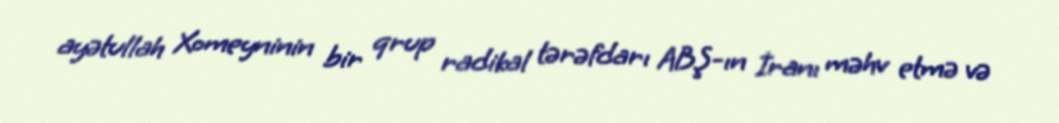
ayətullah Xomeyninin bir qrup radikal tərəfdarı ABŞ-ın İranı məhv etmə və